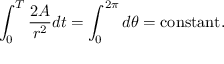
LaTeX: \int _ { 0 } ^ { T } { \frac { 2 A } { r ^ { 2 } } } d t = \int _ { 0 } ^ { 2 \pi } d \theta = \mathrm { c o n s t a n t } .